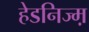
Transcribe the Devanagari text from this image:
हेडनिज्म़